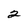
Character: 2